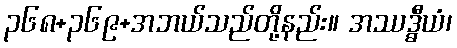
၃၆၈+၃၆၉+အဘယ်သည်တို့နည်း။ အဿဒ္ဓီယံ၊